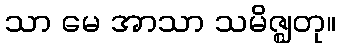
သာ မေ အာသာ သမိဇ္ဈတု။